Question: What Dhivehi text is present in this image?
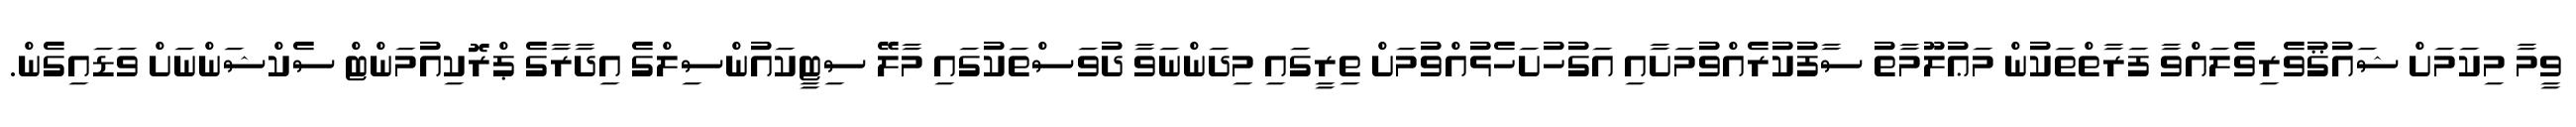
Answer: ވީމާ މިކަމަށް ޝައުޤުވެރިވެލައްވާ ފަރާތްތަކުން މަޢުލޫމާތު ސާފުކުރެއްވުމަށާއި އަގުހުށަހެޅުއްވުމަށް ތިރީގައި މިދަންނަވާ ދުވަސްތަކުގައި މާލޭ ސިޓީކައުންސިލްގެ އިދާރާގެ ޕްރޮކިއުމަންޓް ސެކްޝަންނަށް ވަޑައިގެން.